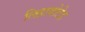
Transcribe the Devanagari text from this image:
लिहावोटेड